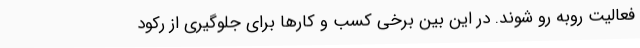
فعالیت روبه رو شوند. در این بین برخی کسب و کارها برای جلوگیری از رکود